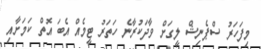
މިފަހަރު ސްޕެނިޝް ލީގަށް ވާދަކުރާނެ ހަތަރު ޓީމެއް އެބަ އޮތް ކަމަށާއި